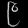
Digit: ၉